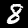
Digit: 8